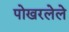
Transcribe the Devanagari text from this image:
पोखरलेले